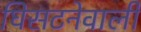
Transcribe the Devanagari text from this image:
घिसटनेवाली